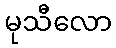
မုသီလော